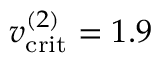
v _ { \mathrm { c r i t } } ^ { ( 2 ) } = 1 . 9